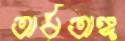
অর্ধঅঙ্গ